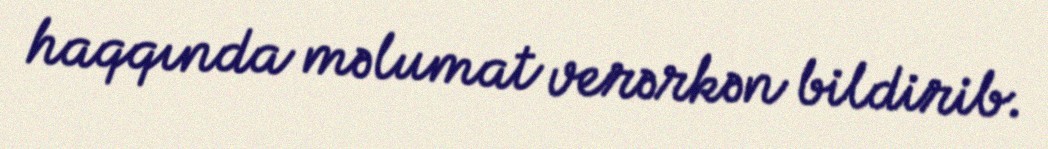
haqqında məlumat verərkən bildirib.